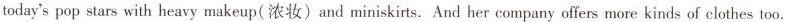
today's'pop stars with heavy makeup( 浓妆 ) and miniskirts. And her company offers more kinds of clothes too.